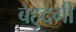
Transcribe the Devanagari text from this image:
बेहुदगी